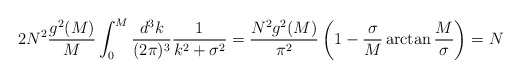
\begin{align*}2N^2{g^2(M)\over M}\int_0^M{d^3k\over (2\pi)^3}{1\over k^2+\sigma^2}={N^{2} g^2(M)\over \pi^2} \left(1 - {\sigma\over M}\arctan{M\over \sigma}\right) = N\end{align*}